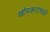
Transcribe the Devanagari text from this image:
खोपकरांमध्ये